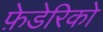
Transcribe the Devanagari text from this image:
फ़ेडेरिको